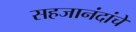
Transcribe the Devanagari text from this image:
सहजानंदांचे